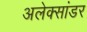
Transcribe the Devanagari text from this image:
अलेक्सांडर